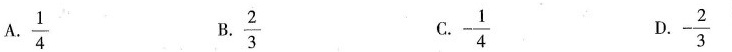
A.\frac{1}{4} B. \frac{2}{3} C-\frac{1}{4}D.-\frac{2}{3}